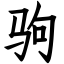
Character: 驹